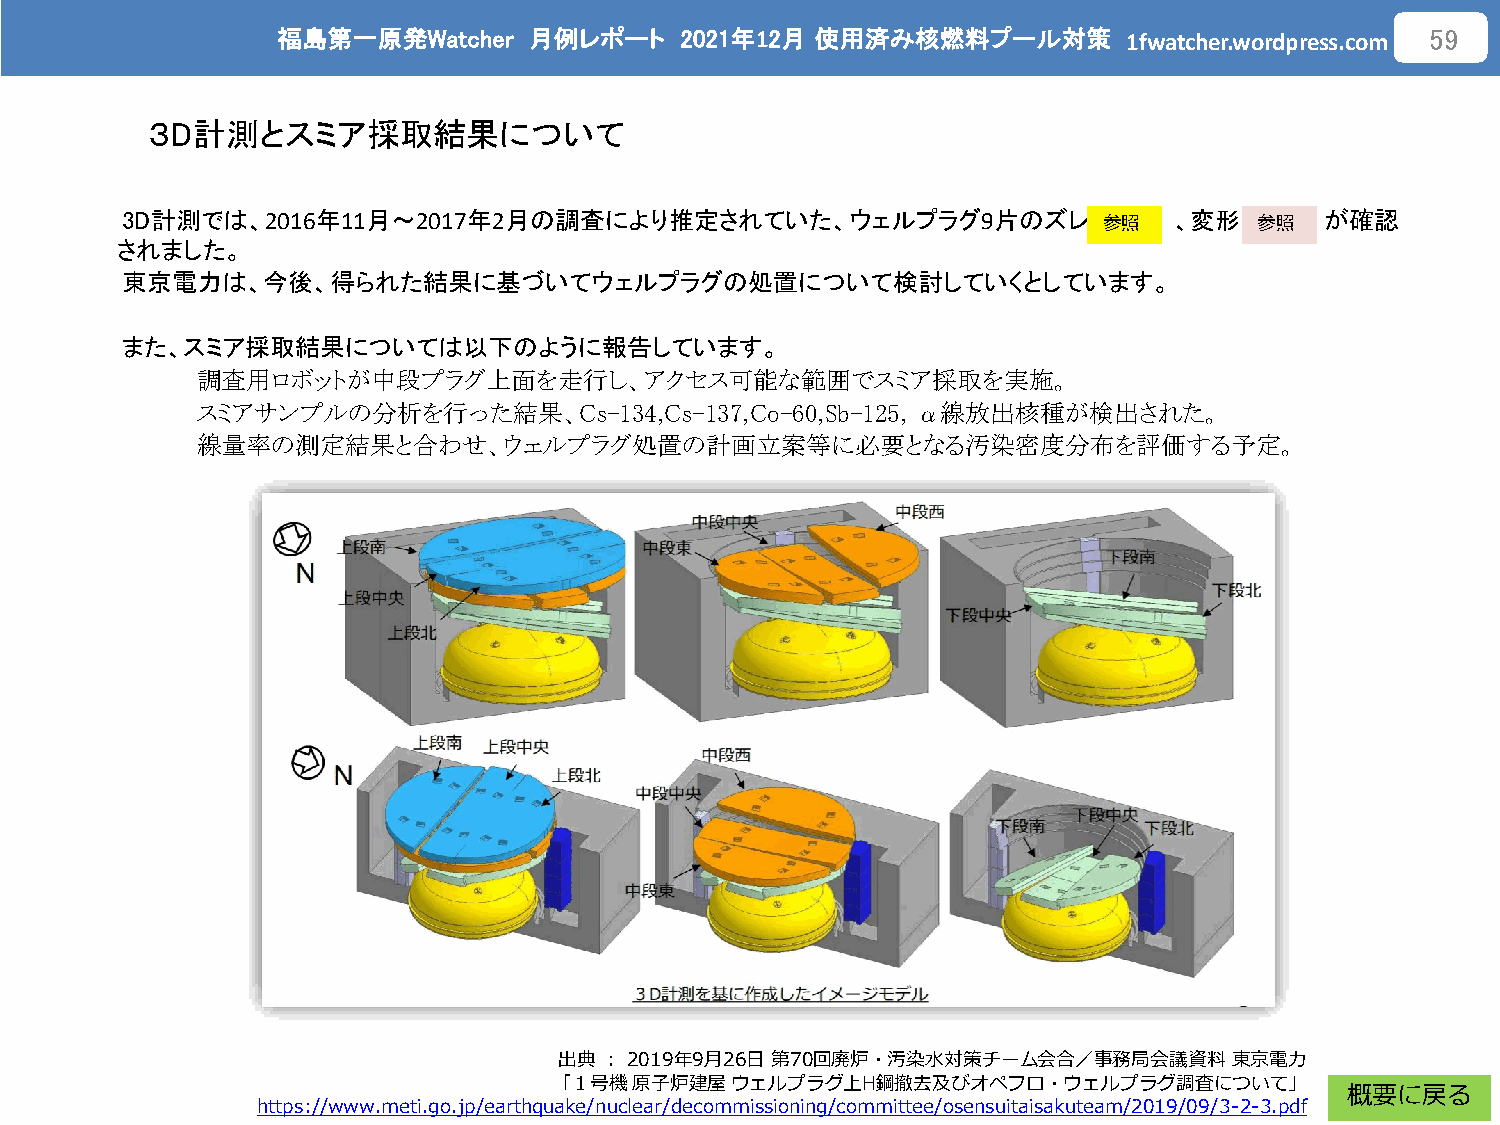
福島第一原発Watcher    月例レポート    2021年12月 使用済み核燃料プール対策
 1fwatcher.wordpress.com
 59
 ３D計測とスミア採取結果について
 3D計測では、2016年11月～2017年2月の調査により推定されていた、ウェルプラグ9片のズレ                      、変形       が確認
 参照        参照
 されました。
 東京電力は、今後、得られた結果に基づいてウェルプラグの処置について検討していくとしています。
 また、スミア採取結果については以下のように報告しています。
 調査用ロボットが中段プラグ上面を走行し、アクセス可能な範囲でスミア採取を実施。
 スミアサンプルの分析を行った結果、Cs-134,Cs-137,Co-60,Sb-125,    α線放出核種が検出された。
 線量率の測定結果と合わせ、ウェルプラグ処置の計画立案等に必要となる汚染密度分布を評価する予定。
 出典：2019年9月26日第70回廃炉・汚染水対策チーム会合／事務局会議資料       東京電力
 「１号機原子炉建屋ウェルプラグ上H鋼撤去及びオペフロ・ウェルプラグ調査について」
 概要に戻る
 https://www.meti.go.jp/earthquake/nuclear/decommissioning/committee/osensuitaisakuteam/2019/09/3-2-3.pdf